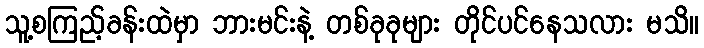
သူ့စကြည့်ခန်းထဲမှာ ဘားမင်းနဲ့ တစ်ခုခုများ တိုင်ပင်နေသလား မသိ။